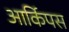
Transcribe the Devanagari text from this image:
आर्किपस